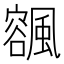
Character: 𩘨